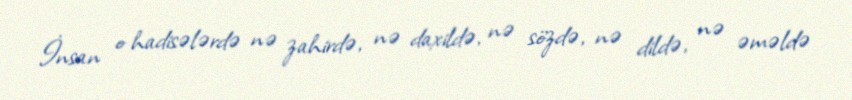
İnsan o hadisələrdə nə zahirdə, nə daxildə, nə sözdə, nə dildə, nə əməldə